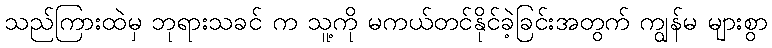
သည်ကြားထဲမှ ဘုရားသခင် က သူ့ကို မကယ်တင်နိုင်ခဲ့ခြင်းအတွက် ကျွန်မ များစွာ